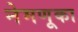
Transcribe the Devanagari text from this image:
नेमणूका